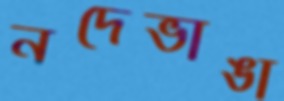
নদেভাঙা